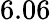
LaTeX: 6.06